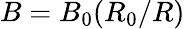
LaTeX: B=B_{0}(R_{0}/R)